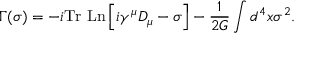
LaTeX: \Gamma ( \sigma ) = - i \mathrm { T r ~ L n } \left[ i \gamma ^ { \mu } D _ { \mu } - \sigma \right] - \frac { 1 } { 2 G } \int d ^ { 4 } x \sigma ^ { 2 } .